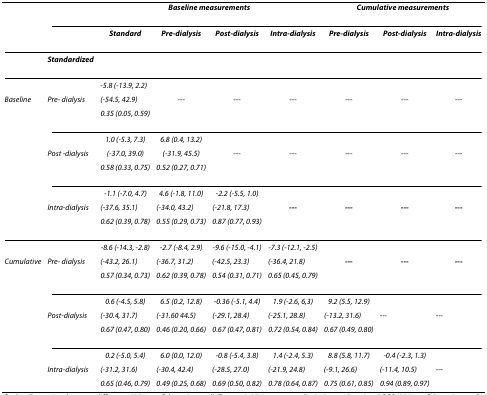
<table><thead><tr><td></td><td></td><td colspan="4"><b><i>Baseline measurements</i></b></td><td colspan="3"><b><i>Cumulative measurements</i></b></td></tr><tr><td></td><td></td><td><b><i>Standard</i></b></td><td><b><i>Pre-dialysis</i></b></td><td><b><i>Post-dialysis</i></b></td><td><b><i>Intra-dialysis</i></b></td><td><b><i>Pre-dialysis</i></b></td><td><b><i>Post-dialysis</i></b></td><td><b><i>Intra-dialysis</i></b></td></tr></thead><tbody><tr><td></td><td><b><i>Standardized</i></b></td><td></td><td></td><td></td><td></td><td></td><td></td><td></td></tr><tr><td></td><td></td><td><i>-5.8 (-13.9, 2.2)</i></td><td></td><td></td><td></td><td></td><td></td><td></td></tr><tr><td><i>Baseline</i></td><td><i>Pre- dialysis</i></td><td><i>(-54.5, 42.9)</i></td><td>---</td><td>---</td><td>---</td><td>---</td><td>---</td><td>---</td></tr><tr><td></td><td></td><td><i>0.35 (0.05, 0.59)</i></td><td></td><td></td><td></td><td></td><td></td><td></td></tr><tr><td></td><td></td><td><i>1.0 (-5.3, 7.3)</i></td><td><i>6.8 (0.4, 13.2)</i></td><td></td><td></td><td></td><td></td><td></td></tr><tr><td></td><td><i>Post -dialysis</i></td><td><i>(-37.0, 39.0)</i></td><td><i>(-31.9, 45.5)</i></td><td>---</td><td>---</td><td>---</td><td>---</td><td>---</td></tr><tr><td></td><td></td><td><i>0.58 (0.33, 0.75)</i></td><td><i>0.52 (0.27, 0.71)</i></td><td></td><td></td><td></td><td></td><td></td></tr><tr><td></td><td></td><td><i>-1.1 (-7.0, 4.7)</i></td><td><i>4.6 (-1.8, 11.0)</i></td><td><i>-2.2 (-5.5, 1.0)</i></td><td></td><td></td><td></td><td></td></tr><tr><td></td><td><i>Intra-dialysis</i></td><td><i>(-37.6, 35.1)</i></td><td><i>(-34.0, 43.2)</i></td><td><i>(-21.8, 17.3)</i></td><td><b><i>---</i></b></td><td><b><i>---</i></b></td><td><b><i>---</i></b></td><td><b><i>---</i></b></td></tr><tr><td></td><td></td><td><i>0.62 (0.39, 0.78)</i></td><td><i>0.55 (0.29, 0.73)</i></td><td><i>0.87 (0.77, 0.93)</i></td><td></td><td></td><td></td><td></td></tr><tr><td></td><td></td><td><i>-8.6 (-14.3, -2.8)</i></td><td><i>-2.7 (-8.4, 2.9)</i></td><td><i>-9.6 (-15.0, -4.1)</i></td><td><i>-7.3 (-12.1, -2.5)</i></td><td></td><td></td><td></td></tr><tr><td><i>Cumulative</i></td><td><i>Pre- dialysis</i></td><td><i>(-43.2, 26.1)</i></td><td><i>(-36.7, 31.2)</i></td><td><i>(-42.5, 23.3)</i></td><td><i>(-36.4, 21.8)</i></td><td><b><i>---</i></b></td><td><b><i>---</i></b></td><td><b><i>---</i></b></td></tr><tr><td></td><td></td><td><i>0.57 (0.34, 0.73)</i></td><td><i>0.62 (0.39, 0.78)</i></td><td><i>0.54 (0.31, 0.71)</i></td><td><i>0.65 (0.45, 0.79)</i></td><td></td><td></td><td></td></tr><tr><td></td><td></td><td><i>0.6 (-4.5, 5.8)</i></td><td><i>6.5 (0.2, 12.8)</i></td><td><i>-0.36 (-5.1, 4.4)</i></td><td><i>1.9 (-2.6, 6,3)</i></td><td><i>9.2 (5.5, 12.9)</i></td><td></td><td></td></tr><tr><td></td><td><i>Post-dialysis</i></td><td><i>(-30.4, 31.7)</i></td><td><i>(-31.60 44.5)</i></td><td><i>(-29.1, 28.4)</i></td><td><i>(-25.1, 28.8)</i></td><td><i>(-13.2, 31.6)</i></td><td>---</td><td>---</td></tr><tr><td></td><td></td><td><i>0.67 (0.47, 0.80)</i></td><td><i>0.46 (0.20, 0.66)</i></td><td><i>0.67 (0.47, 0.81)</i></td><td><i>0.72 (0.54, 0.84)</i></td><td><i>0.67 (0.49, 0.80)</i></td><td></td><td></td></tr><tr><td></td><td></td><td><i>0.2 (-5.0, 5.4)</i></td><td><i>6.0 (0.0, 12.0)</i></td><td><i>-0.8 (-5.4, 3.8)</i></td><td><i>1.4 (-2.4, 5.3)</i></td><td><i>8.8 (5.8, 11.7)</i></td><td><i>-0.4 (-2.3, 1.3)</i></td><td></td></tr><tr><td></td><td><i>Intra-dialysis</i></td><td><i>(-31.2, 31.6)</i></td><td><i>(-30.4, 42.4)</i></td><td><i>(-28.5, 27.0)</i></td><td><i>(-21.9, 24.8)</i></td><td><i>(-9.1, 26.6)</i></td><td><i>(-11.4, 10.5)</i></td><td>---</td></tr><tr><td></td><td></td><td><i>0.65 (0.46, 0.79)</i></td><td><i>0.49 (0.25, 0.68)</i></td><td><i>0.69 (0.50, 0.82)</i></td><td><i>0.78 (0.64, 0.87)</i></td><td><i>0.75 (0.61, 0.85)</i></td><td><i>0.94 (0.89, 0.97)</i></td><td></td></tr></tbody></table>